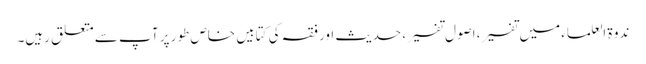
ندوۃ العلماء میں تفسیر، اصول تفسیر، حدیث اور فقہ کی کتابیں خاص طور پر آپ سے متعلق رہیں۔